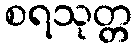
စရသုတ္တ